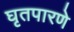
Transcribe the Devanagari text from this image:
घृतपारणे